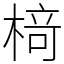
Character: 𬃪